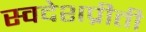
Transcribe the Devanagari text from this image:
स्वदेशप्रीती